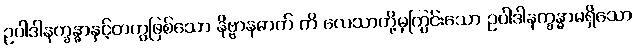
ဥပါဒါနက္ခန္ဓာနှင့်တကွဖြစ်သော နိဗ္ဗာနဓာတ် ကိ လေသာတို့မှကြွင်းသော ဥပါဒါနက္ခန္ဓာမရှိသော